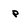
Character: p